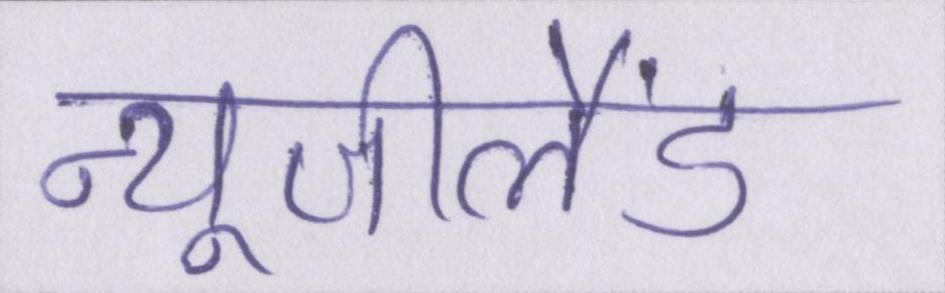
न्यूजीलैंड